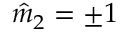
\hat { m } _ { 2 } = \pm 1